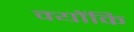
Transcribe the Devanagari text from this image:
क्योंकि